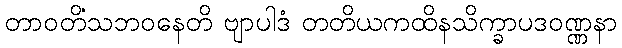
တာဝတိံသဘဝနေတိ ဗျာပါဒံ တတိယကထိနသိက္ခာပဒဝဏ္ဏနာ